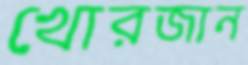
খোরজান